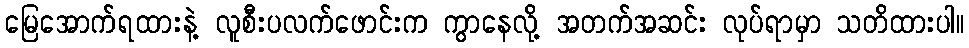
မြေအောက်ရထားနဲ့ လူစီးပလက်ဖောင်းက ကွာနေလို့ အတက်အဆင်း လုပ်ရာမှာ သတိထားပါ။